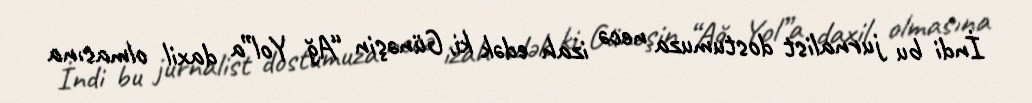
İndi bu jurnalist dostumuza necə izah edək ki, Günəşin “Ağ Yol”a daxil olmasına